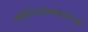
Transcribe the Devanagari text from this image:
साहित्यप्रवाहाच्या